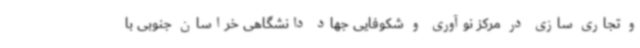
و تجاری سازی در مرکز نوآوری و شکوفایی جهاد دانشگاهی خراسان جنوبی با